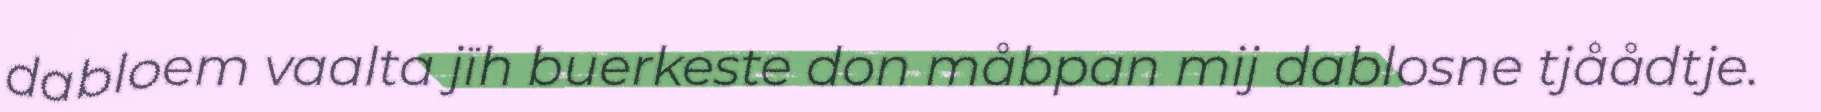
dabloem vaalta jïh buerkeste don måbpan mij dablosne tjåådtje.